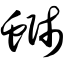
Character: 蛳